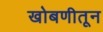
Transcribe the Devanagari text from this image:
खोबणीतून